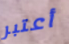
أعتبر